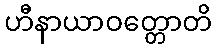
ဟီနာယာဝတ္တောတိ